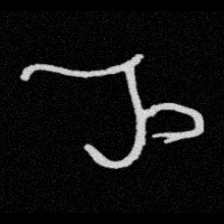
Pyu character \u2014 Myanmar letter: ည (romanized: nya)